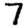
Digit: 7